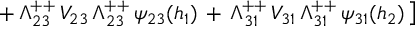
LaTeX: \left. + \, \Lambda _ { 2 3 } ^ { + + } \, V _ { 2 3 } \, \Lambda _ { 2 3 } ^ { + + } \, \psi _ { 2 3 } ( h _ { 1 } ) \, + \, \Lambda _ { 3 1 } ^ { + + } \, V _ { 3 1 } \, \Lambda _ { 3 1 } ^ { + + } \, \psi _ { 3 1 } ( h _ { 2 } ) \, \right]